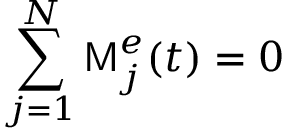
\sum _ { j = 1 } ^ { N } \mathsf { M } _ { j } ^ { e } ( t ) = 0